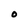
Character: O